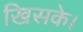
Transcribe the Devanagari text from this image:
खिसके।